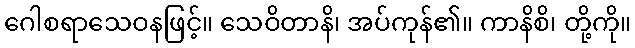
ဂေါစရာသေဝနဖြင့်။ သေဝိတာနိ၊ အပ်ကုန်၏။ ကာနိစိ၊ တို့ကို။